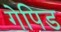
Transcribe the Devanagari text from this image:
गेपिड